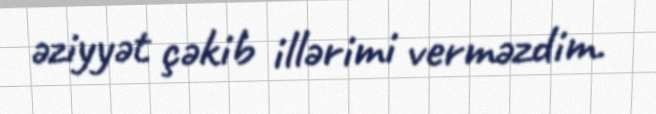
əziyyət çəkib illərimi verməzdim.